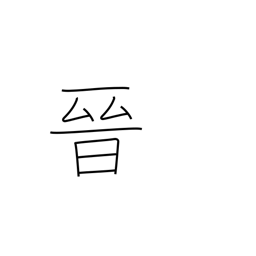
Meaning: advance